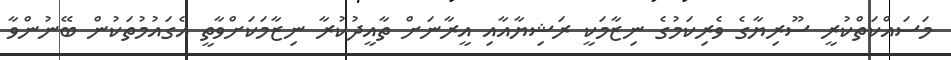
މަސައްކަތްކުރީ ސޫރިޔާގެ ވެރިކަމުގެ ނިޒާމަކީ ރަޝިޔާއާއި އީރާނަށް ތާއީދުކުރާ ނިޒާމަކަށްވާތީ އެގައުމުތަކުން ބޭނުންވާ